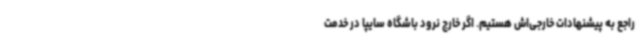
راجع به پیشنهادات خارجی‌اش هستیم. اگر خارج نرود باشگاه سایپا در خدمت